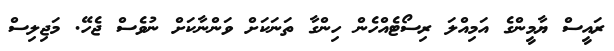
ރައީސް ޔާމީންގެ އަމިއްލަ ރިސޯޓެއްހެން ހިންގާ ތަނަކަށް ވަންނާކަށް ނުވެސް ޖެހޭ. މަޖިލިސް